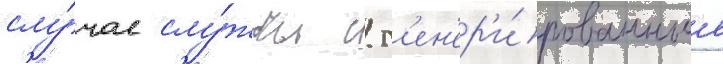
слу́чае слу́жбы с г'ен'ер'и́рованные